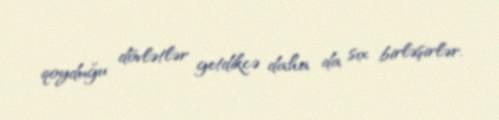
qoyduğu dövlətlər getdikcə daha da sıx birləşirlər.